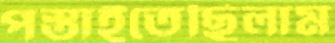
পস্তাইতেছিলাম